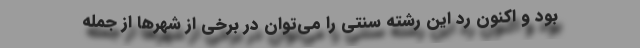
بود و اکنون رد این رشته سنتی را می‌توان در برخی از شهرها از جمله